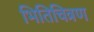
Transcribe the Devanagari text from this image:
भितिचित्रण